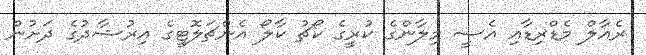
ރެއާލް މެޑްރިޑާއި އެސީ މިލާންގެ ކުރީގެ ކޯޗު ކާލޯ އެންޗަލޮޓީގެ އިރުޝާދުގެ ދަށުން